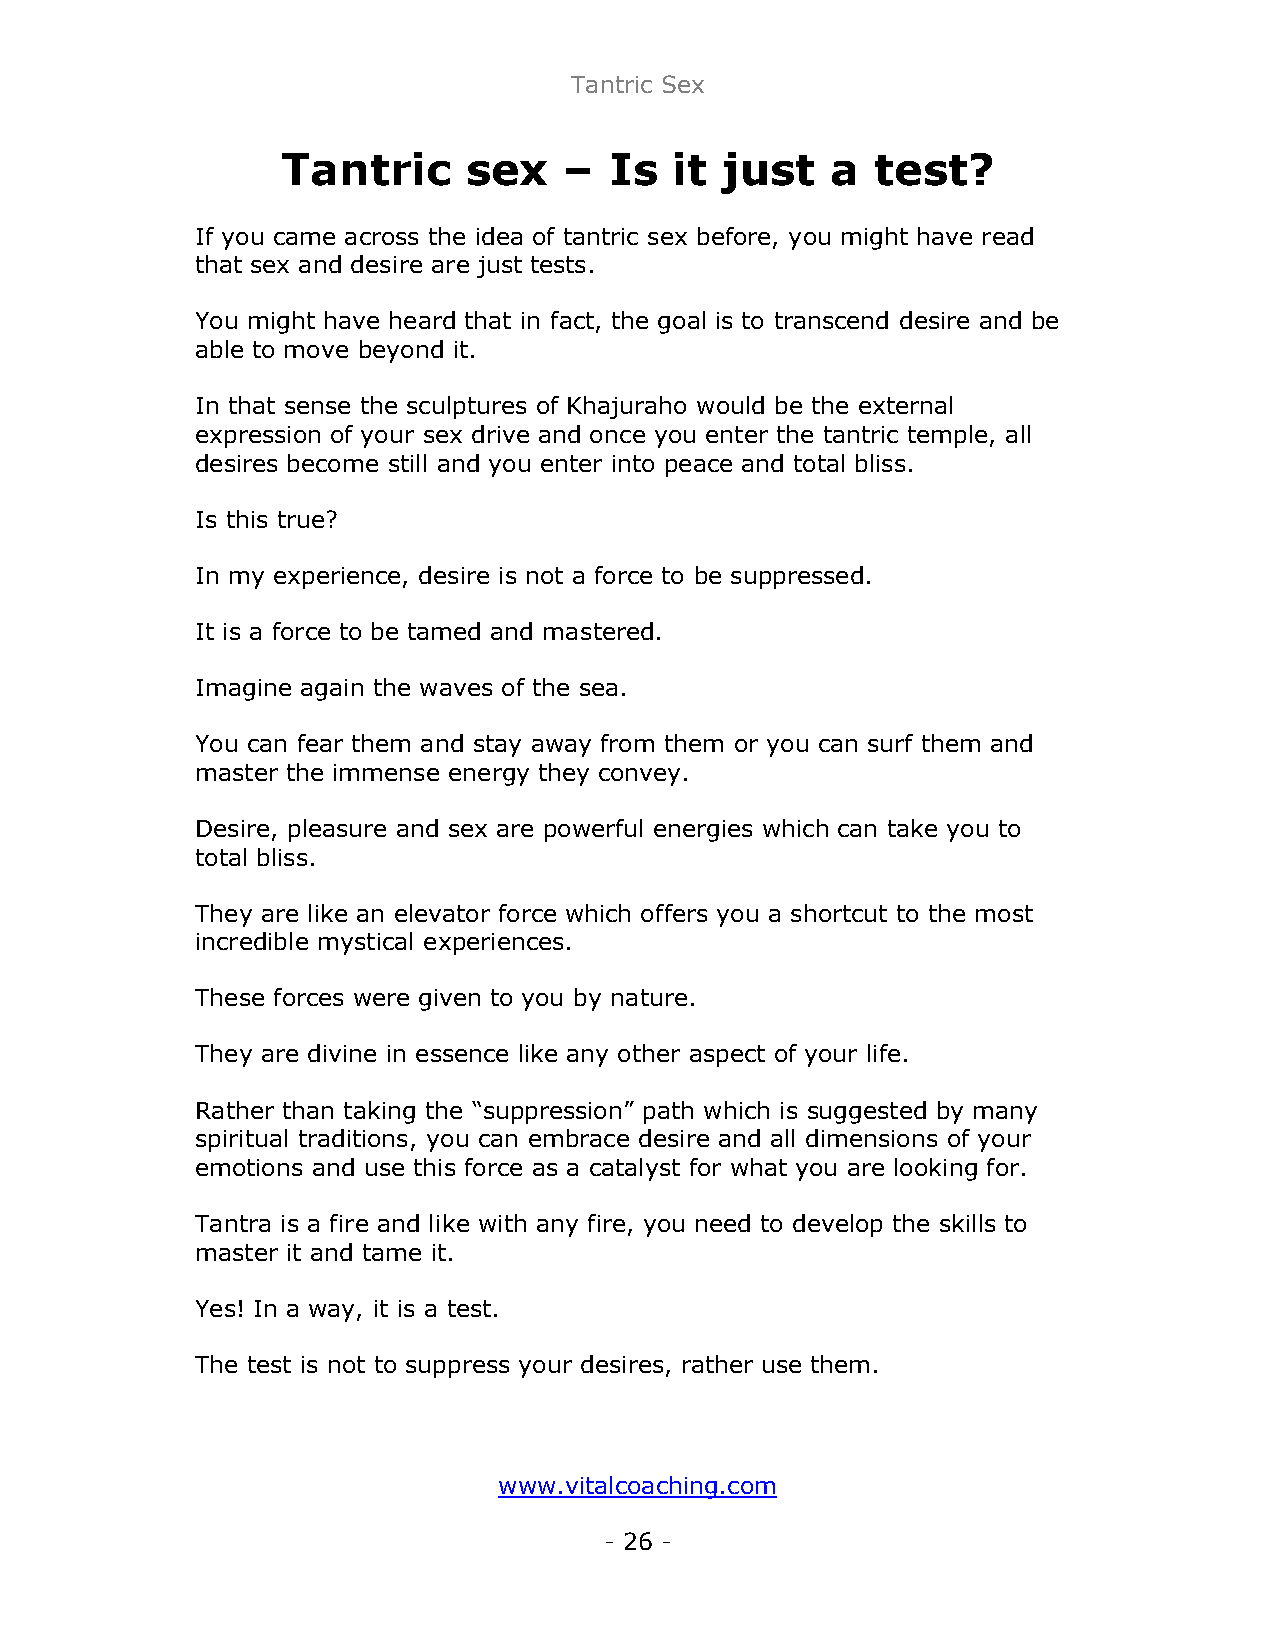
Tantric Sex
 Tantric     sex   –  Is   it just   a  test?
 If you came across the idea of tantric sex before, you might have read
 that sex and desire are just tests.
 You might have heard that in fact, the goal is to transcend desire and be
 able to move beyond it.
 In that sense the sculptures of Khajuraho would be the external
 expression of your sex drive and once you enter the tantric temple, all
 desires become still and you enter into peace and total bliss.
 Is this true?
 In my experience, desire is not a force to be suppressed.
 It is a force to be tamed and mastered.
 Imagine again the waves of the sea.
 You can fear them and stay away from them or you can surf them and
 master the immense energy they convey.
 Desire, pleasure and sex are powerful energies which can take you to
 total bliss.
 They are like an elevator force which offers you a shortcut to the most
 incredible mystical experiences.
 These forces were given to you by nature.
 They are divine in essence like any other aspect of your life.
 Rather than taking the “suppression” path which is suggested by many
 spiritual traditions, you can embrace desire and all dimensions of your
 emotions and use this force as a catalyst for what you are looking for.
 Tantra is a fire and like with any fire, you need to develop the skills to
 master it and tame it.
 Yes! In a way, it is a test.
 The test is not to suppress your desires, rather use them.
 www.vitalcoaching.com
 - 26 -